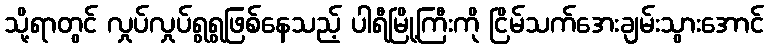
သို့ရာတွင် လှုပ်လှုပ်ရွရွဖြစ်နေသည့် ပါရီမြို့ကြီးကို ငြိမ်သက်အေးချမ်းသွားအောင်